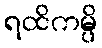
ရထိကမ္ပိ